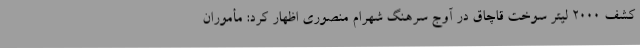
کشف 2000 لیتر سوخت قاچاق در آوج سرهنگ شهرام منصوری اظهار کرد: مأموران